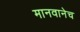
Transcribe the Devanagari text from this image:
मानवानेच